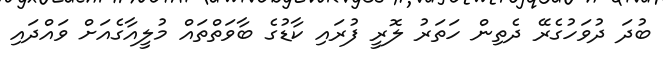
ބުދަ ދުވަހުގެރޭ ދެތިން ހަތަރު ލޮރީ ފުރައި ކާޑުގެ ބާވަތްތައް މުލީއާގެއަށް ވައްދައި